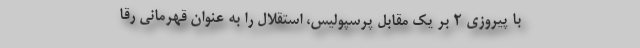
با پیروزی ۲ بر یک مقابل پرسپولیس، استقلال را به عنوان قهرمانی رقا